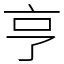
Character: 亨